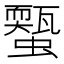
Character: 𧓐